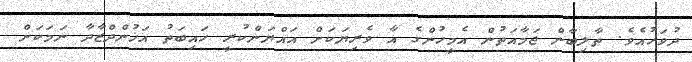
ދުވަހުއެވެ. ތާލިބާން ޖަމާއަތުން އެމީހުންގެ އާ ވެރިޔަކަށް އައްޔަންކުރީ ހައިބަތު އަޚުންދްޒާދާ ނަމަކަށް